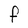
Character: F